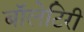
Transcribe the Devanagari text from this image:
बॉलेटिरी